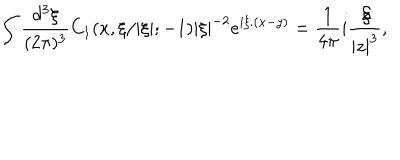
\int \frac { d ^ { 3 } \xi } { ( 2 \pi ) ^ { 3 } } C _ { 1 } ( x , \xi / | \xi | ; - 1 ) | \xi | ^ { - 2 } e ^ { i \xi . ( x - y ) } = \frac { 1 } { 4 \pi } i \frac { \not \! z } { | z | ^ { 3 } } ,